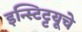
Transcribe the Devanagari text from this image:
इन्स्टिट्टयूचे